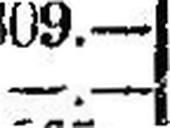
—.—